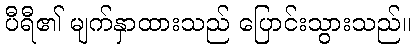
ပီရီ၏ မျက်နှာထားသည် ပြောင်းသွားသည်။